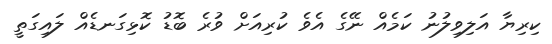
ކިރިޔާ އަލިވިލުނު ކަމެއް ނޭގެ އެވެ ކުރިއަށް ވުރެ ބޮޑު ކޮޅިގަނޑެއް ލައިގަތީ